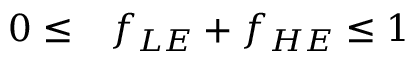
\begin{array} { r l } { 0 \leq } & { { } f _ { L E } + f _ { H E } \leq 1 } \end{array}